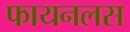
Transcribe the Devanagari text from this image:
फायनलस